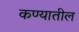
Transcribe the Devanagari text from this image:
कण्यातील